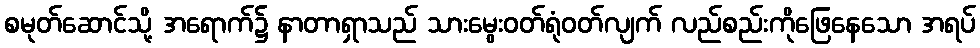
စမုတ်ဆောင်သို့ အရောက်၌ နာတာရှာသည် သားမွေးဝတ်ရုံဝတ်လျက် လည်စည်းကိုဖြေနေသော အရပ်